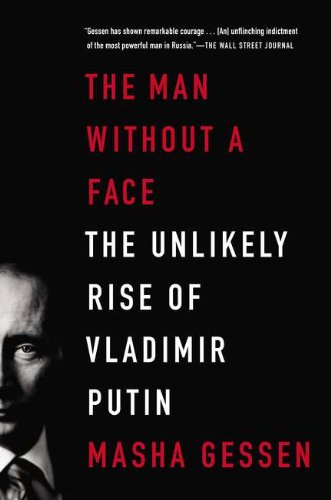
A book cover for The Man Without a Face: The Unlikely Rise of Vladimir Putin; Masha Gessen; Biographies & Memoirs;